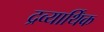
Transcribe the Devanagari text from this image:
द्रव्यार्थिंक